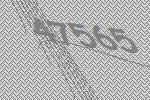
47565